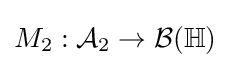
M_{2}:{\mathcal {A}}_{2}\to {\mathcal {B}}(\mathbb {H} )